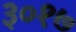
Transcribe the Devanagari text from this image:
३०१७